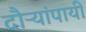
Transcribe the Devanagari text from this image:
दौऱ्यांपायी